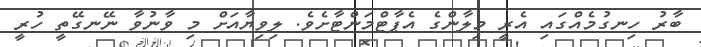
ބާރު ހިނގުމެއްގައި އެރީ މިލާންގެ އެޕާޓްމަންޓާށެވެ. ލިވިޔާއަށް މި ވާނުވާ ނޭނގޭތީ ހުރީ